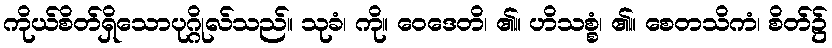
ကိုယ်စိတ်ရှိသောပုဂ္ဂိုလ်သည်။ သုခံ၊ ကို။ ဝေဒေတိ၊ ၏။ ဟိသစ္စံ၊ ၏။ စေတသိကံ၊ စိတ်၌